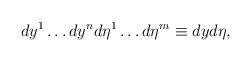
LaTeX: \begin{align*}dy^1\dots dy^n d\eta^1\dots d\eta^m \equiv dy d\eta,\end{align*}